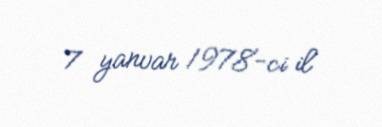
7 yanvar 1978-ci il